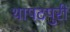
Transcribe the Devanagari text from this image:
थापटपुरी